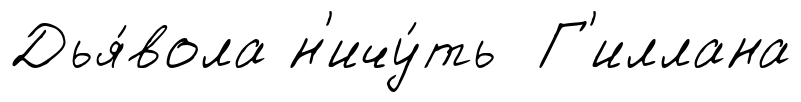
Дья́вола н'ичу́ть Г'иллана